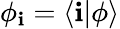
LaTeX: \phi_{\mathbf{i}}=\langle\mathbf{i}|\phi\rangle